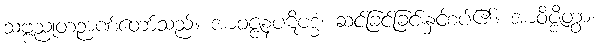
သဗ္ဗညုတဉာဏ်တော်သည်။ အာဝဇ္ဇနပဋိဗဒ္ဓံ၊ ဆင်ခြင်ခြင်းနှင့်စပ်၏။ အာဝိဇ္ဇိတွာ၊